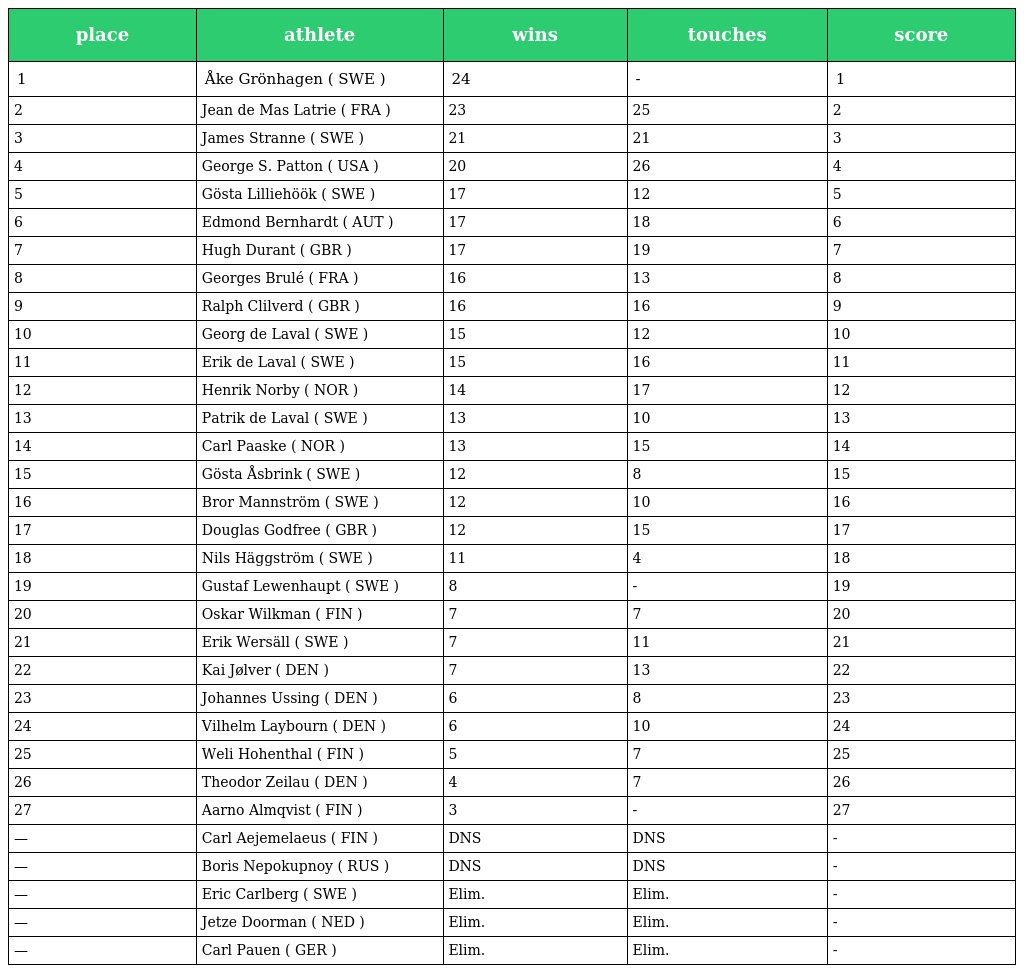
| place | athlete | wins | touches | score |
 | --- | --- | --- | --- | --- |
 | 1 | Åke Grönhagen ( SWE ) | 24 | - | 1 |
 | 2 | Jean de Mas Latrie ( FRA ) | 23 | 25 | 2 |
 | 3 | James Stranne ( SWE ) | 21 | 21 | 3 |
 | 4 | George S. Patton ( USA ) | 20 | 26 | 4 |
 | 5 | Gösta Lilliehöök ( SWE ) | 17 | 12 | 5 |
 | 6 | Edmond Bernhardt ( AUT ) | 17 | 18 | 6 |
 | 7 | Hugh Durant ( GBR ) | 17 | 19 | 7 |
 | 8 | Georges Brulé ( FRA ) | 16 | 13 | 8 |
 | 9 | Ralph Clilverd ( GBR ) | 16 | 16 | 9 |
 | 10 | Georg de Laval ( SWE ) | 15 | 12 | 10 |
 | 11 | Erik de Laval ( SWE ) | 15 | 16 | 11 |
 | 12 | Henrik Norby ( NOR ) | 14 | 17 | 12 |
 | 13 | Patrik de Laval ( SWE ) | 13 | 10 | 13 |
 | 14 | Carl Paaske ( NOR ) | 13 | 15 | 14 |
 | 15 | Gösta Åsbrink ( SWE ) | 12 | 8 | 15 |
 | 16 | Bror Mannström ( SWE ) | 12 | 10 | 16 |
 | 17 | Douglas Godfree ( GBR ) | 12 | 15 | 17 |
 | 18 | Nils Häggström ( SWE ) | 11 | 4 | 18 |
 | 19 | Gustaf Lewenhaupt ( SWE ) | 8 | - | 19 |
 | 20 | Oskar Wilkman ( FIN ) | 7 | 7 | 20 |
 | 21 | Erik Wersäll ( SWE ) | 7 | 11 | 21 |
 | 22 | Kai Jølver ( DEN ) | 7 | 13 | 22 |
 | 23 | Johannes Ussing ( DEN ) | 6 | 8 | 23 |
 | 24 | Vilhelm Laybourn ( DEN ) | 6 | 10 | 24 |
 | 25 | Weli Hohenthal ( FIN ) | 5 | 7 | 25 |
 | 26 | Theodor Zeilau ( DEN ) | 4 | 7 | 26 |
 | 27 | Aarno Almqvist ( FIN ) | 3 | - | 27 |
 | — | Carl Aejemelaeus ( FIN ) | DNS | DNS | - |
 | — | Boris Nepokupnoy ( RUS ) | DNS | DNS | - |
 | — | Eric Carlberg ( SWE ) | Elim. | Elim. | - |
 | — | Jetze Doorman ( NED ) | Elim. | Elim. | - |
 | — | Carl Pauen ( GER ) | Elim. | Elim. | - |